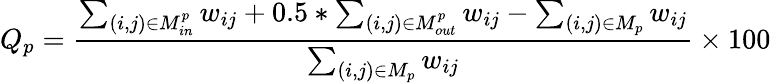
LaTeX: Q_{p}=\frac{\sum_{(i,j)\in M_{in}^{p}}w_{ij}+0.5*\sum_{(i,j)\in M_{out}^{p}}w_{ij}-\sum_{(i,j)\in M_{p}}w_{ij}}{\sum_{(i,j)\in M_{p}}w_{ij}}\times 100\